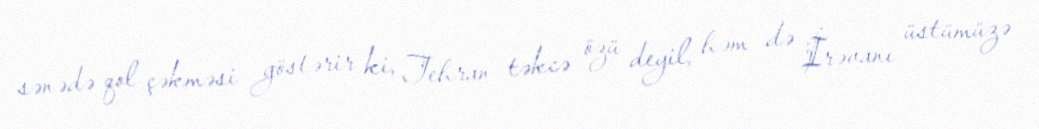
sənədə qol çəkməsi göstərir ki, Tehran təkcə özü deyil, həm də İrəvanı üstümüzə